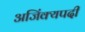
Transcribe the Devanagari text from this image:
अजिंक्यपदी